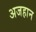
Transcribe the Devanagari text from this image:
अजहान